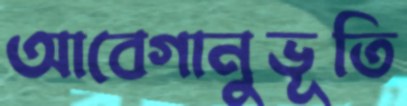
আবেগানুভূতি